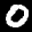
Label: 0